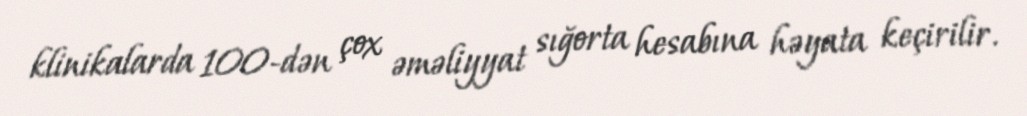
klinikalarda 100-dən çox əməliyyat sığorta hesabına həyata keçirilir.